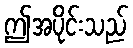
ဤအပိုင်းသည်